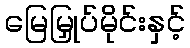
မြေမြှုပ်မိုင်းနှင့်